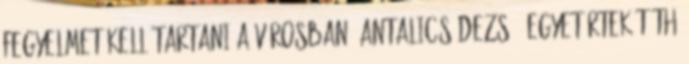
Fegyelmet kell tartani a városban. Antalics Dezső: Egyetértek Tóth